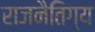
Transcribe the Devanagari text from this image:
राजनैतिग्य